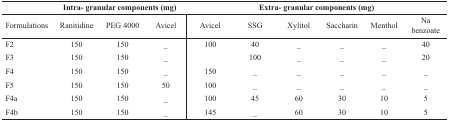
|  | <COLSPAN=3> Intra- granular components (mg) | <COLSPAN=6> Extra- granular components (mg) |
 | Formulations | Ranitidine | PEG 4000 | Avicel | Avicel | SSG | Xylitol | Saccharin | Menthol | Na benzoate |
 | --- | --- | --- | --- | --- | --- | --- | --- | --- | --- |
 | F2 | 150 | 150 | _ | 100 | 40 | _ | _ | _ | 40 |
 | F3 | 150 | 150 | _ |  | 100 | _ | _ | _ | 20 |
 | F4 | 150 | 150 | _ | 150 | _ | _ | _ | _ | _ |
 | F5 | 150 | 150 | 50 | 100 | _ | _ | _ | _ | _ |
 | F4a | 150 | 150 | _ | 100 | 45 | 60 | 30 | 10 | 5 |
 | F4b | 150 | 150 | _ | 145 | _ | 60 | 30 | 10 | 5 |